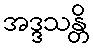
အဒ္ဒသန္တိ